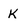
Character: k